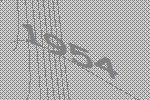
1954